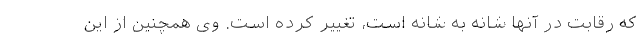
که رقابت در آنها شانه به شانه است، تغییر کرده است. وی همچنین از این